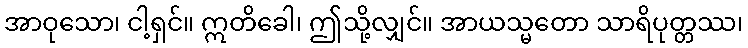
အာဝုသော၊ ငါ့ရှင်။ ဣတိခေါ၊ ဤသို့လျှင်။ အာယသ္မတော သာရိပုတ္တဿ၊